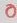
Text: 0